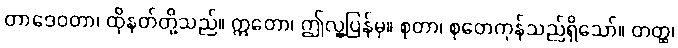
တာဒေဝတာ၊ ထိုနတ်တို့သည်။ ဣတော၊ ဤလူ့ပြန်မှ။ စုတာ၊ စုတေကုန်သည်ရှိသော်။ တတ္ထ၊